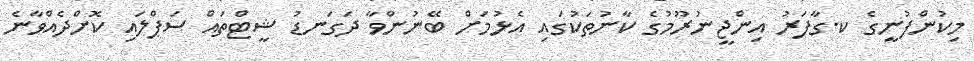
މިކުންފުނީގެ ކ.ގާފަރު އިންޖީނުރޫމުގެ ކާނުތަކުގައި އެޅުމަށް ބޭނުންވާ ދަގަނޑު ޝީޓްތައް ސަޕްލައި ކޮށްދެއްވާނެ